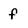
Character: f